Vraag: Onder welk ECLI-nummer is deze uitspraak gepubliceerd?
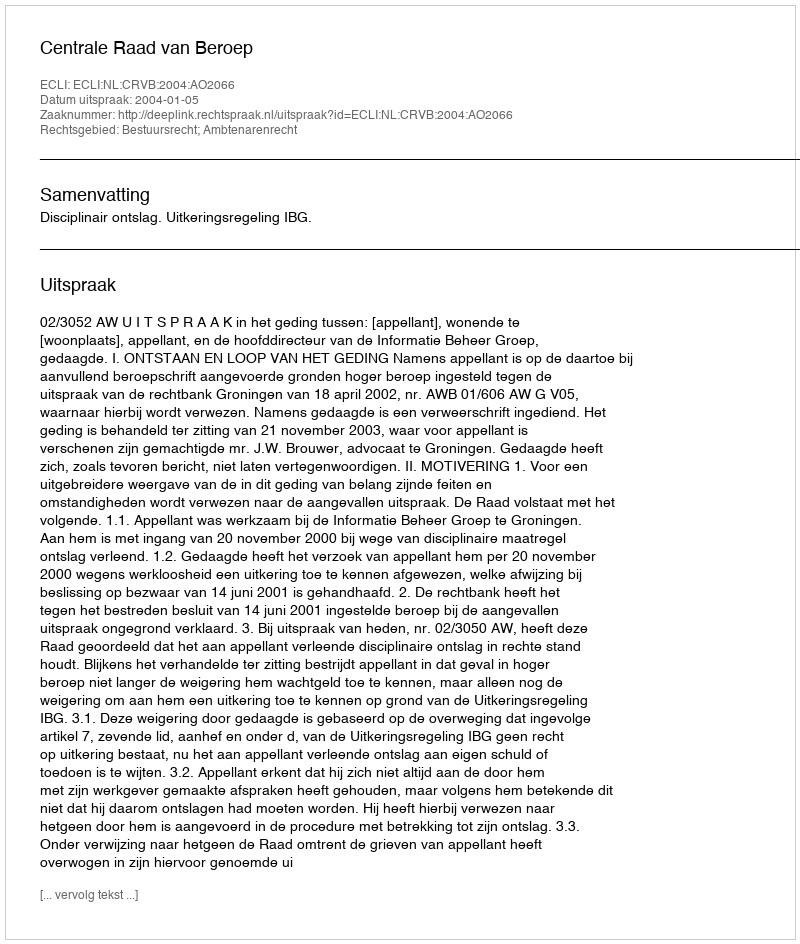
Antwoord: ECLI:NL:CRVB:2004:AO2066